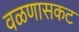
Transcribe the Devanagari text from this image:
वळणासकट